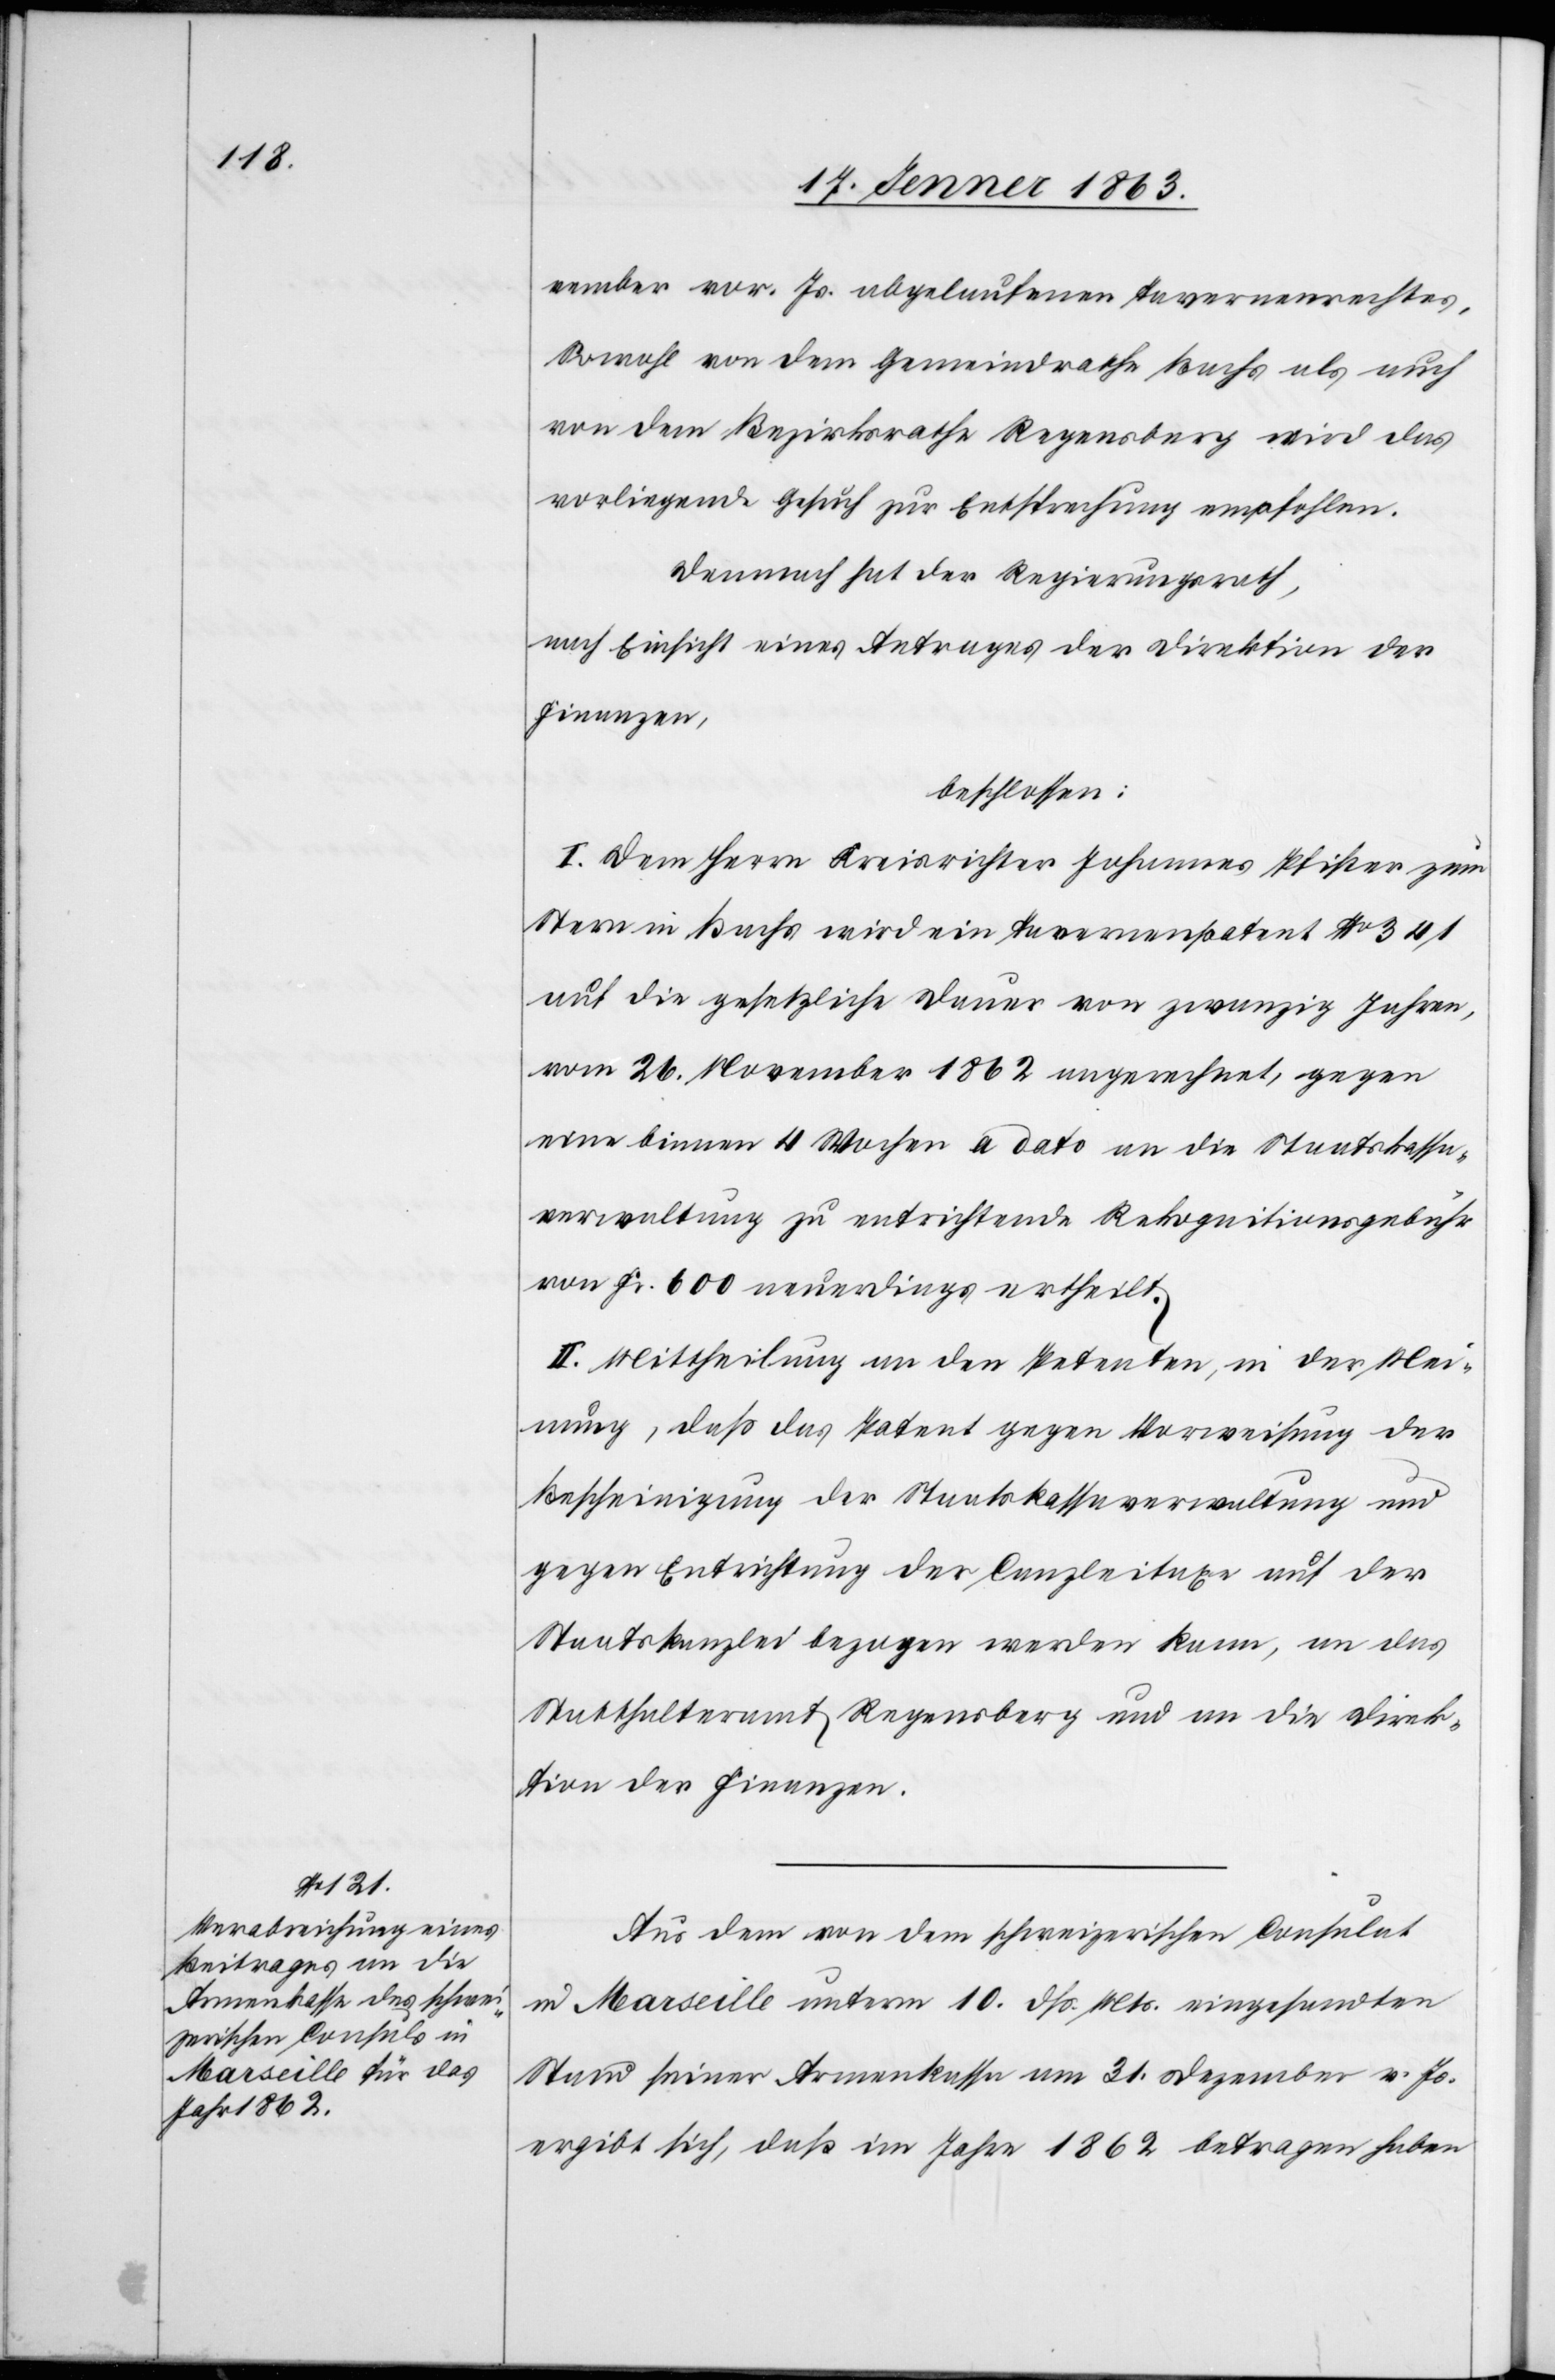
vember vor. Js. abgelaufenen Tavernenrechtes.
Sowohl von dem Gemeindrathe Bachs als auch
von dem Bezirksrathe Regensberg wird das
vorliegende Gesuch zur Entsprechung empfohlen.
Demnach hat der Regierungsrath,
nach Einsicht eines Antrages der Direktion der
Finanzen,
beschlossen:
I. Dem Herrn Kreisrichter Johannes Pfister zum
Stern in Bachs wird ein Tavernenpatent No 341
auf die gesetzliche Dauer von zwanzig Jahren,
vom 26. November 1862 angerechnet, gegen
eine binnen 4 Wochen a dato an die Staatskassa¬
verwaltung zu entrichtende Rekognitionsgebühr
von Fr. 600 neuerdings ertheilt.
II. Mittheilung an den Petenten, in der Mei¬
nung, daß das Patent gegen Vorweisung der
Bescheinigung der Staatskassaverwaltung und
gegen Entrichtung der Canzleitaxe auf der
Staatskanzlei bezogen werden kann, an das
Statthalteramt Regensberg und an die Direk¬
tion der Finanzen.
Aus dem von dem schweizerischen Consulat
in Marseille unterm 10. dß. Mts. eingesandten
Stand seiner Armenkassa am 31. Dezember v. Js.
ergibt sich, daß im Jahre 1862 betragen haben